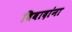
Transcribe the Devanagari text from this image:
विवादांना